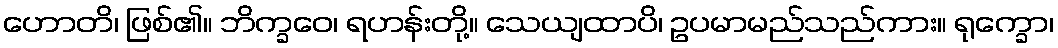
ဟောတိ၊ ဖြစ်၏။ ဘိက္ခဝေ၊ ရဟန်းတို့။ သေယျထာပိ၊ ဥပမာမည်သည်ကား။ ရုက္ခော၊